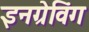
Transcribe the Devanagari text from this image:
इनग्रेविंग